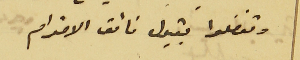
وتفضلوا بقبول فائق الاحترام